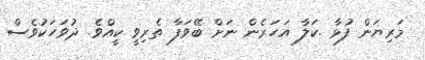
މަރިޔަން ފުޅާ .ކަލާ އަހަރެން ނަށް ބޭވަފާ ތެރިވީ ކީއްވެ. ދުވަހަކުވެސް